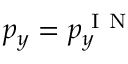
p _ { y } = p _ { y } ^ { \mathrm { ~ I ~ N ~ } }